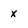
Character: x